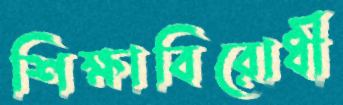
শিক্ষাবিরোধী